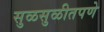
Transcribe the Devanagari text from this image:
सुळसुळीतपणे